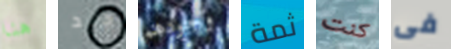
هنا جيد وجودهم ثمة كنت فى